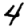
Digit: 4